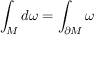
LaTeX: \int _ { M } d \omega = \int _ { \partial { M } } \omega